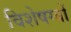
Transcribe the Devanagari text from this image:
विशेषग्यों